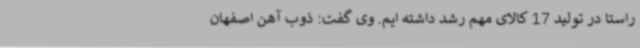
راستا در تولید 17 کالای مهم رشد داشته ایم. وی گفت: ذوب آهن اصفهان